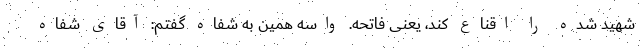
شهید شده را اقناع کند، یعنی فاتحه. واسه همین به شفاه گفتم: آقای شفاه